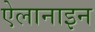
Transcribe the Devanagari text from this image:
ऐलानाइन